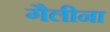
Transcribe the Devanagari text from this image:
गैलीना